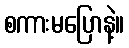
စကားမပြောနဲ့။